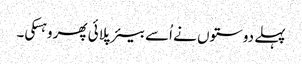
پہلے دوستوں نے اُسے بیئر پلائی پھر وہسکی۔